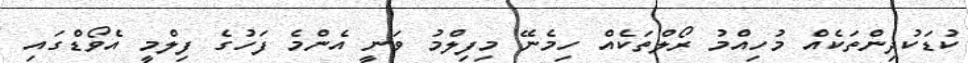
ކުޑަކުދިންތަކެއް މުހިއްމު ރޯލްތަކެއް ހިމެނޭ މިފިލްމު ވަނީ އެންމެ ފަހުގެ ފިލްމީ އެވޯޑްގައި